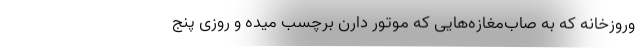
وروزخانه که به صاب‌مغازه‌هایی که موتور دارن برچسب میده و روزی پنج